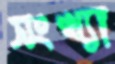
সংখ্যা